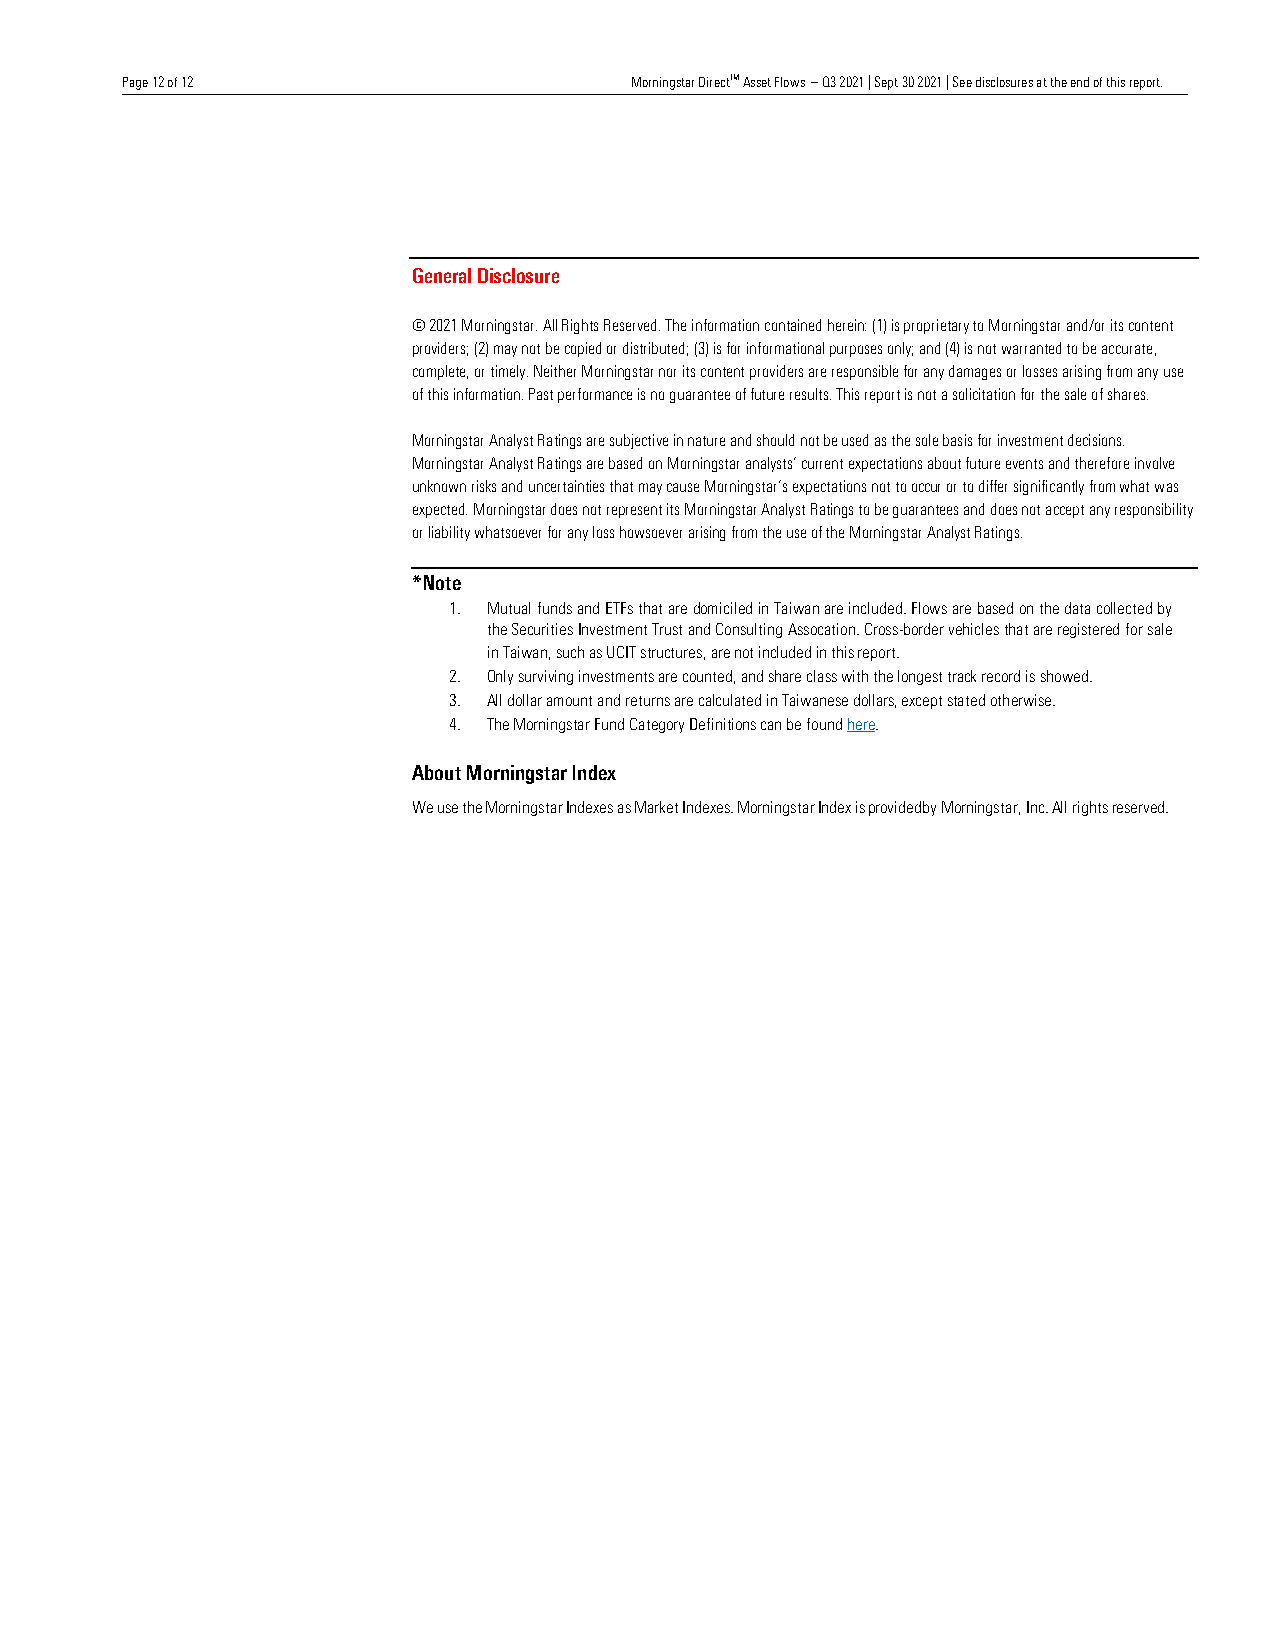
Page 12 of 12                     Morningstar DirectTM Asset Flows – Q3 2021 | Sept 30 2021 | See disclosures at the end of this report.
 Page 12 of 12
 Healthcare Observer | 23 November 2021
 Page 12 of 12
 Paper Title | 23 November 2021
 Page 12 of 12
 Healthcare Observer | 23 November 2021
 Page 12 of 12
 General Disclosure Paper Title | 23 November 2021
 Page 12 of 12
 © 2021 Morningstar. All RighHtesa Rltehcsaerrev eOdb.s eTrhveer i|n 2fo3 rNmoavteimonb ecro 2n0t2a1i ned herein: (1) is proprietary to Morningstar and/or its content
 providers; (2) may not be copied or distributed; (3) is for informational purposes only; and (4) is not warranted to be accurate,
 Page 12 of 12
 complete, or timely. Neither Morningstar nor its content providers are responsible for any damages or losses arising from any use
 of this information. Past performance is no guarantee of future results. This report is not a solicitation for the sale of shares.
 Page 12 of 12
 Morningstar Analyst Ratings are subjective in nature and should not be used as the sole basis for investment decisions.
 Morningstar Analyst Ratings are based on Morningstar analysts’ current expectations about future events and therefore involve
 unknown risks and uncertainties that may cause Morningstar’s expectations not to occur or to differ significantly from what was
 expected. Morningstar does not represent its Morningstar Analyst Ratings to be guarantees and does not accept any responsibility
 or liability whatsoever for any loss howsoever arising from the use of the Morningstar Analyst Ratings.
 *Note
 1. Mutual funds and ETFs that are domiciled in Taiwan are included. Flows are based on the data collected by
 the Securities Investment Trust and Consulting Assocation. Cross-border vehicles that are registered for sale
 in Taiwan, such as UCIT structures, are not included in this report.
 2. Only surviving investments are counted, and share class with the longest track record is showed.
 3. All dollar amount and returns are calculated in Taiwanese dollars, except stated otherwise.
 4. The Morningstar Fund Category Definitions can be found here.
 About Morningstar Index
 We use the Morningstar Indexes as Market Indexes. Morningstar Index is provided by Morningstar, Inc. All rights reserved.